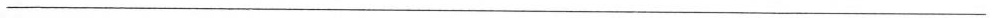
___